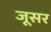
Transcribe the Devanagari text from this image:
जूसर